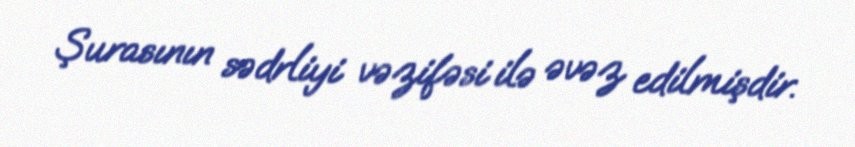
Şurasının sədrliyi vəzifəsi ilə əvəz edilmişdir.